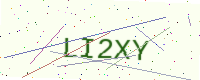
Text: LI2XY